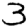
Digit: 3